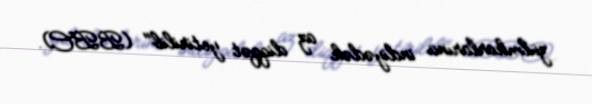
zülmkarlarına indiyədək az diqqət yetirilib" (BBC).